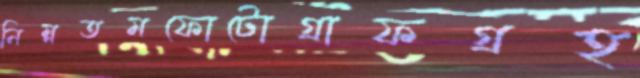
নিম্নতমফোটোগ্রাফগ্রহ